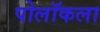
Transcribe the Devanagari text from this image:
पोलॉकला